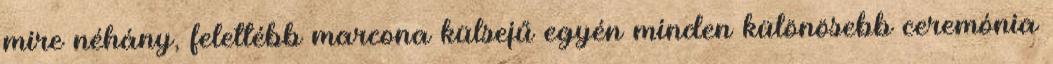
mire néhány, felettébb marcona külsejű egyén minden különösebb ceremónia